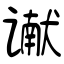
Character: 谳